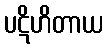
ပဋိဟိတာယ